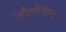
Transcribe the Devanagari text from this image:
जौलीमान्‍ट